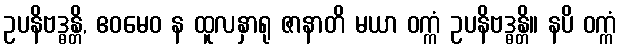
ဥပနိဗဒ္ဓန္တိ, ဧဝမေဝ န ထူလနှာရု ဇာနာတိ မယာ ဝက္ကံ ဥပနိဗဒ္ဓန္တိ။ နပိ ဝက္ကံ